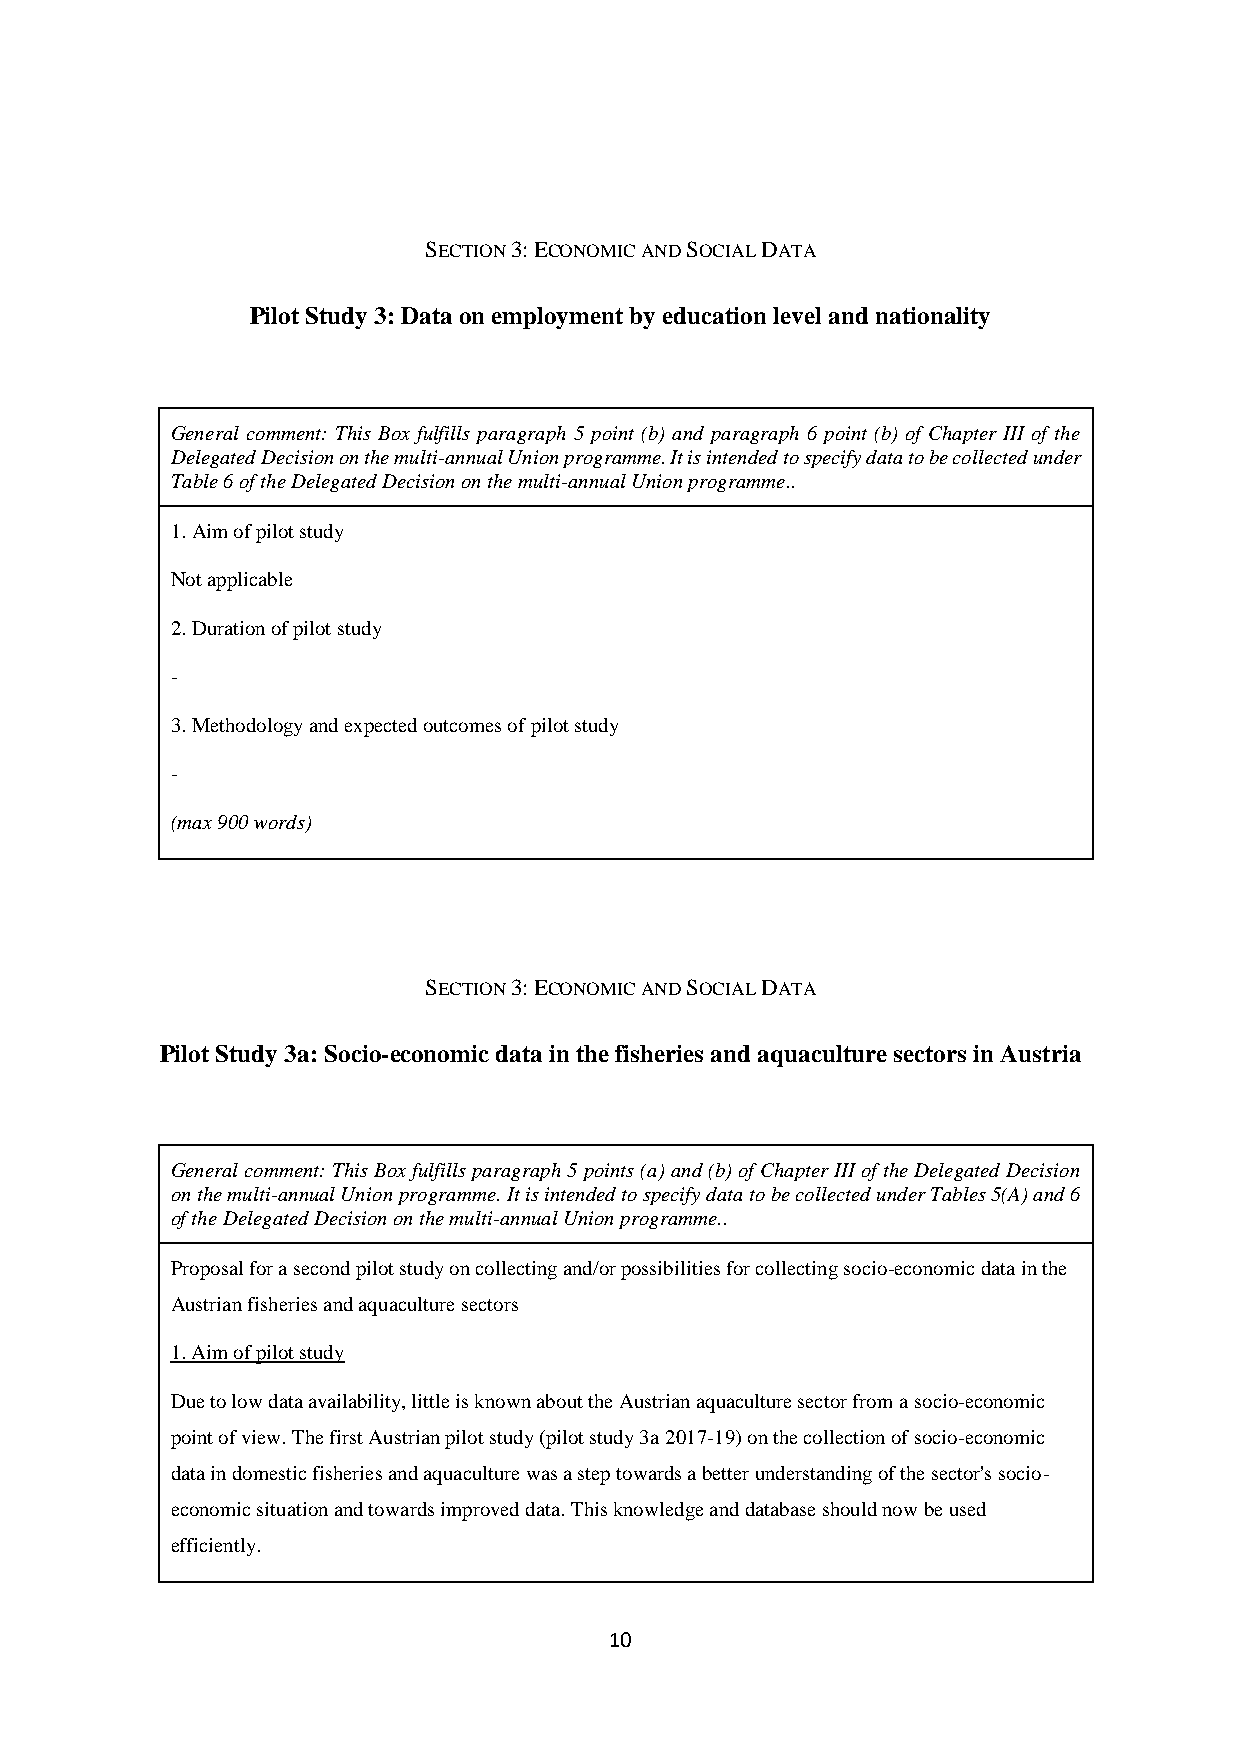
SECTION 3: ECONOMIC AND SOCIAL DATA
 Pilot Study 3: Data on employment by education level and nationality
 General comment: This Box fulfills paragraph 5 point (b) and paragraph 6 point (b) of Chapter III of the
 Delegated Decision on the multi-annual Union programme. It is intended to specify data to be collected under
 Table 6 of the Delegated Decision on the multi-annual Union programme..
 1. Aim of pilot study
 Not applicable
 2. Duration of pilot study
 -
 3. Methodology and expected outcomes of pilot study
 -
 (max 900 words)
 SECTION 3: ECONOMIC AND SOCIAL DATA
 Pilot Study 3a: Socio-economic data in the fisheries and aquaculture sectors in Austria
 General comment: This Box fulfills paragraph 5 points (a) and (b) of Chapter III of the Delegated Decision
 on the multi-annual Union programme. It is intended to specify data to be collected under Tables 5(A) and 6
 of the Delegated Decision on the multi-annual Union programme..
 Proposal for a second pilot study on collecting and/or possibilities for collecting socio-economic data in the
 Austrian fisheries and aquaculture sectors
 1. Aim of pilot study
 Due to low data availability, little is known about the Austrian aquaculture sector from a socio-economic
 point of view. The first Austrian pilot study (pilot study 3a 2017-19) on the collection of socio-economic
 data in domestic fisheries and aquaculture was a step towards a better understanding of the sector's socio-
 economic situation and towards improved data. This knowledge and database should now be used
 efficiently.
 10